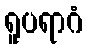
ရူပရာဂံ